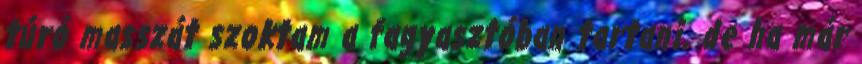
túró masszát szoktam a fagyasztóban tartani, de ha már